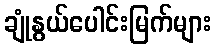
ချုံနွယ်ပေါင်းမြက်များ